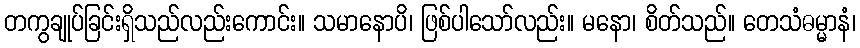
တကွချုပ်ခြင်းရှိသည်လည်းကောင်း။ သမာနောပိ၊ ဖြစ်ပါသော်လည်း။ မနော၊ စိတ်သည်။ တေသံဓမ္မာနံ၊